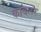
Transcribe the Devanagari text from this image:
कॉबलर